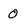
Character: 0